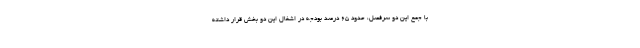
با جمع این دو سرفصل، حدود ۶۵ درصد بودجه در اشغال این دو بخش قرار داشته